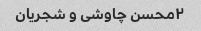
۲محسن چاوشی و شجریان